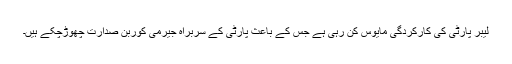
لیبر پارٹی کی کارکردگی مایوس کن رہی ہے جس کے باعث پارٹی کے سربراہ جیرمی کوربن صدارت چھوڑچکے ہیں۔